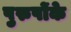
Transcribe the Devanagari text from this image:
पुरुषोंके